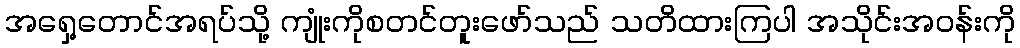
အရှေ့တောင်အရပ်သို့ ကျုံးကိုစတင်တူးဖော်သည် သတိထားကြပါ အသိုင်းအဝန်းကို